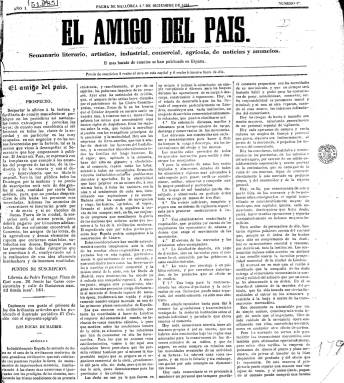
Título: El Amigo del país (Palma de Mallorca)
Colección: Periódicos
Ámbito geográfico: Baleares
Lugar de publicación: Palma de Mallorca
Fechas: 01/12/1861-26/01/1862

Con el subtítulo “semanario literario, artístico, industrial, comercial, agrícola, de noticias y anuncios”, publica su primer número el uno de diciembre de 1861, en la Imprenta Palmesana, a cargo de Francisco Roselló y Fran, y los siguientes en la de la Viuda de Villalonga, en formato de folio mayor (el usado para los diarios), compuesto a cuatro columnas. Aparecerá cada domingo y sólo publicará ocho entregas, correspondiendo la última al 19 de enero de 1862, pues impresa la novena, será prohibida su salida por el jefe político de la provincia, según la hoja impresa, que también forma parte de su colección.

Aparece indicado como su editor responsable y firmante de lo no firmado Benito Seguí y Ros. Se trata de un destacado dirigente del primer Partido Demócrata-Republicano balear, de ideas federales y socialistas, que en 1870 participará en el I Congreso Obrero de la Región Española de la Asociación Internacional de Trabajadores (1870), celebrada en Barcelona.

De aquí se entiende que en su cabecera aparezca el lema de que el semanario era “el más barato de cuantos se han publicado en España” (con suscripciones de dos reales al mes y seis al trimestre fuera de la ciudad), pero especialmente que las iniciales F.P. y M, que aparecen desde su primer número firmando algunos artículos, deben corresponder a Francisco Pi y Margall (1824-1901), autor de textos en sus páginas como ¿Qué es el arte?, Una ojeada sobre la historia del arte monumental o Ciencia económica. En su primer número otro artículo bajo el epígrafe Sentir y pensar, y firmado con las iniciales C.T., se referirá también al republicanismo federal de Castelar y Pi.

Un buen número de sus artículos serán reproducciones de otras publicaciones, como es el caso del periódico El Crédito, entre estos, los titulados Los Doks de Madrid, Suiza histórica (firmado con las iniciales R.B.), La educación de la mujer (por R.R.), así como unas cartas bajo el título Gratuidad del crédito, firmadas por F.C. Chevé y escritas en 1848 por este redactor de La Voz del pueblo, entre otros.

Su sección Variedades la suelen ocupar poemas, algunos bajo la rúbrica de Zorrilla, o la balada alemana Colon, de la poetisa Luisa Brachmann (1777-1822); y en su Sección de Noticias, inserta las de carácter nacional e internacional, reproducidas de otros periódicos o procedentes de despachos telegráficos de agencias, pero ninguna local. Aunque una breve sección Espectáculos dará cuenta de la programación teatral de la ciudad. La última plana está dedicada a la Sección de anuncios, que al final la llega a ocupar completa.

Además del catálogo hemerográfico de la prensa balear de Bover de Roselló (1862), resulta de interés la tesis doctoral de Catalina Maria Martorell Fullana sobre el primer republicanismo federal mallorquín (2015).